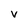
Character: v